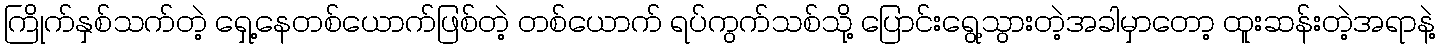
ကြိုက်နှစ်သက်တဲ့ ရှေ့နေတစ်ယောက်ဖြစ်တဲ့ တစ်ယောက် ရပ်ကွက်သစ်သို့ ပြောင်းရွေ့သွားတဲ့အခါမှာတော့ ထူးဆန်းတဲ့အရာနဲ့